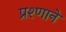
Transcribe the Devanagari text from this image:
प्रश्णाने